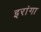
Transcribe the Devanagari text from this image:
इरांगा